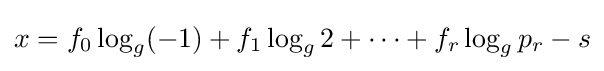
x=f_{0}\log _{g}(-1)+f_{1}\log _{g}2+\cdots +f_{r}\log _{g}p_{r}-s